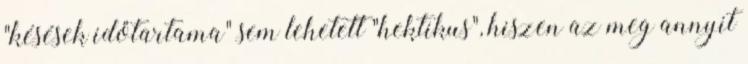
"késések időtartama" sem lehetett "hektikus", hiszen az meg annyit